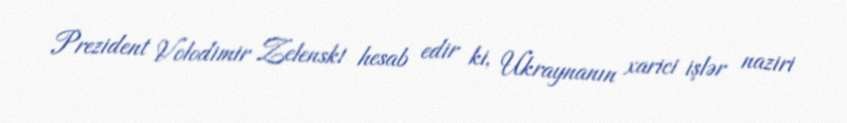
Prezident Volodimir Zelenski hesab edir ki, Ukraynanın xarici işlər naziri